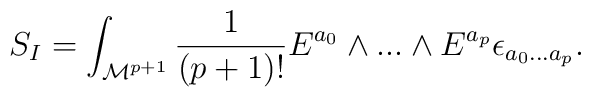
S_I =\int_{{\cal M}^{p+1}}{1 \over (p+1)!} E^{a_0} \wedge ... \wedge E^{a_p} \epsilon_{a_0 ... a_p} .